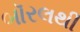
બૉરલથી